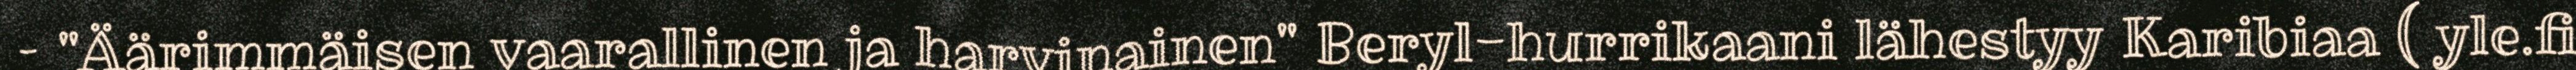
– "Äärimmäisen vaarallinen ja harvinainen" Beryl-hurrikaani lähestyy Karibiaa ( yle.fi